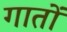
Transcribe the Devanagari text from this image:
गातों